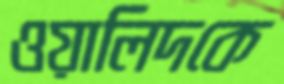
ওয়ালিদকে